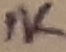
Text: 1K